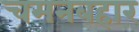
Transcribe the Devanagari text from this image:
चमनबहार